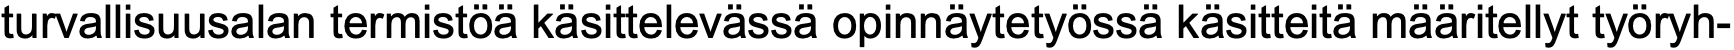
turvallisuusalan termistöä käsittelevässä opinnäytetyössä käsitteitä määritellyt työryh-